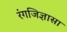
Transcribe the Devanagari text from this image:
रंगजिज्ञासा